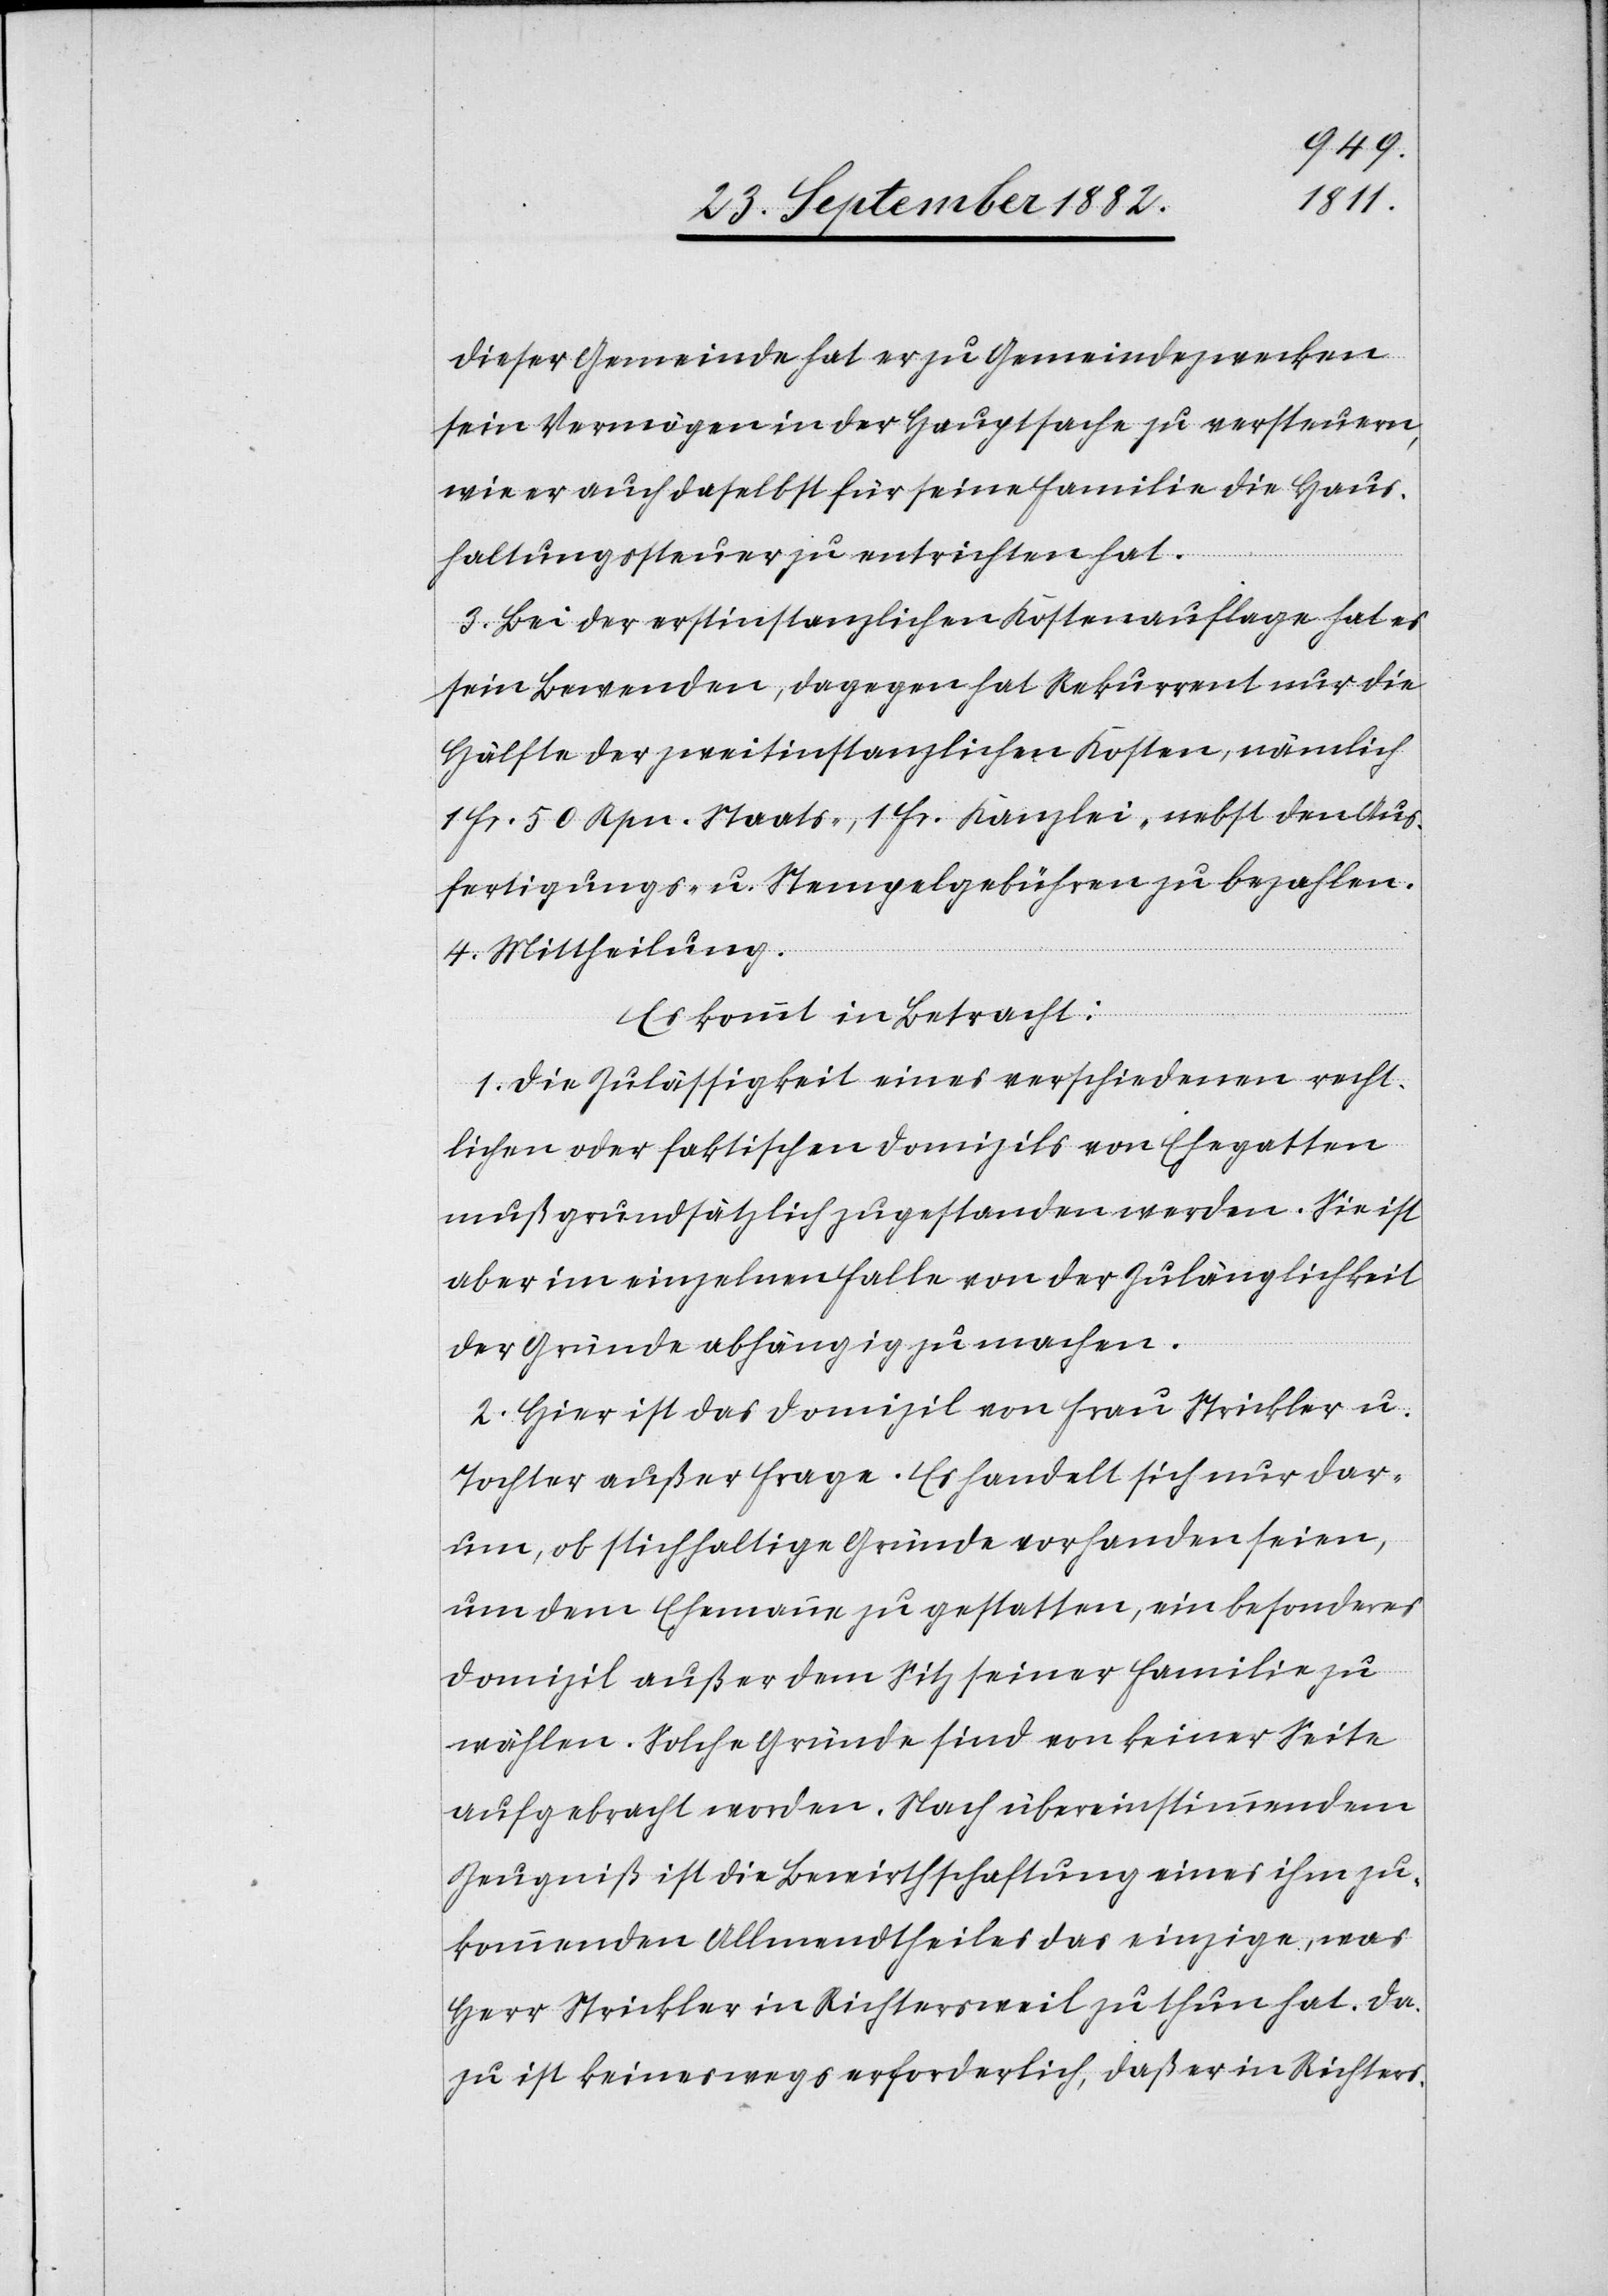
dieser Gemeinde hat er zu Gemeindezwecken
sein Vermögen in der Hauptsache zu versteuern,
wie er auch daselbst für seine Familie die Haus¬
haltungssteuer zu entrichten hat.
3. Bei der erstinstanzlichen Kostenauflage hat es
sein Bewenden, dagegen hat Rekurrent nur die
Hälfte der zweitinstanzlichen Kosten, nämlich
1 Fr. 50 Rpn. Staats-, 1 Fr. Kanzlei- nebst den Aus¬
fertigungs- u. Stempelgebühren zu bezahlen.
4. Mittheilung.
Es kommt in Betracht:
1. Die Zulässigkeit eines verschiedenen recht¬
lichen oder faktischen Domizils von Ehegatten
muß grundsätzlich zugestanden werden. Sie ist
aber im einzelnen Falle von der Zulänglichkeit
der Gründe abhängig zu machen.
2. Hier ist das Domizil von Frau Strickler u.
Tochter außer Frage. Es handelt sich nur dar¬
um, ob stichhaltige Gründe vorhanden seien,
um dem Ehemann zu gestatten, ein besonderes
Domizil außer dem Sitz seiner Familie zu
wählen. Solche Gründe sind von keiner Seite
aufgebracht worden. Nach übereinstimmendem
Zeugniß ist die Bewirthschaftung eines ihm zu¬
kommenden Allmendtheiles das einzige, was
Herr Strickler in Richtersweil zu thun hat. Da¬
zu ist keineswegs erforderlich, daß er in Richters-